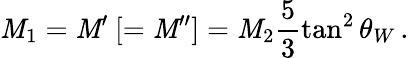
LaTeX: \mathit{M}_{1}=\mathit{M}^{\prime}\: [=\mathit{M}^{\prime\prime}]=\mathit{M}_{2}\frac{{5}}{{3}}\tan^{2}\theta_{W}\, .